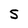
Character: 5